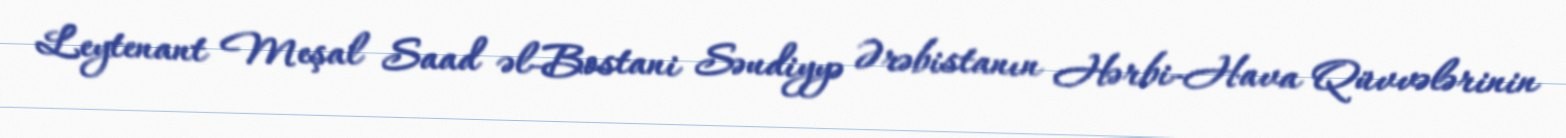
Leytenant Meşal Saad əl-Bostani Səudiyyə Ərəbistanın Hərbi-Hava Qüvvələrinin